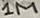
Text: 1M